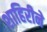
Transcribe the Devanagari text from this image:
शाहिरीने